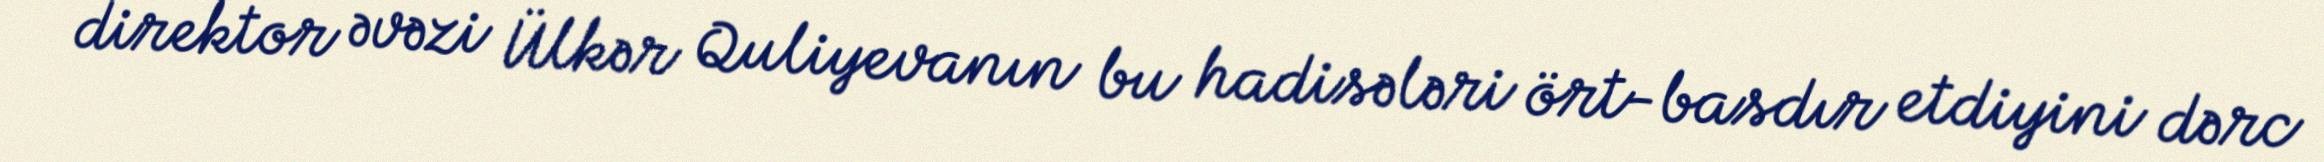
direktor əvəzi Ülkər Quliyevanın bu hadisələri ört-basdır etdiyini dərc